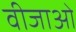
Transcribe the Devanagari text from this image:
वीजाओं